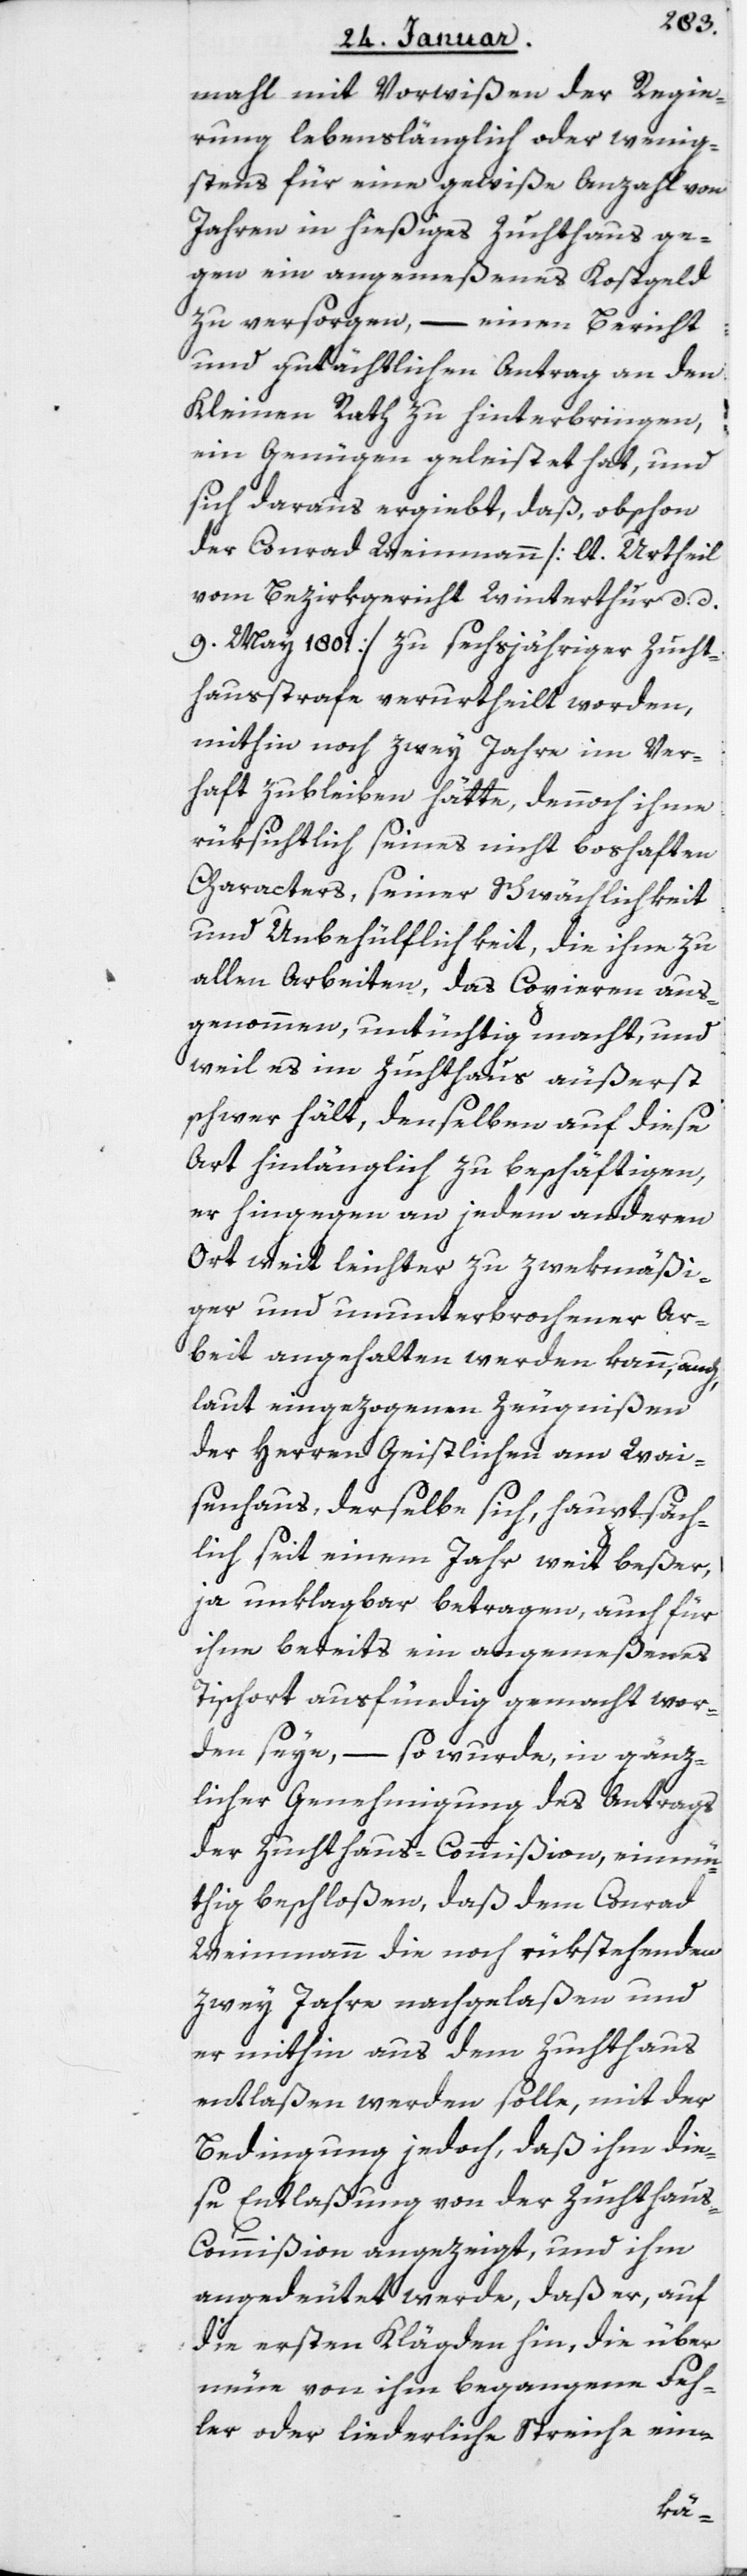
mahl mit Vorwißen der Regie¬
rung lebenslänglich oder wenig¬
stens für eine gewiße Anzahl von
Jahren in hießiges Zuchthaus ge¬
gen ein angemeßenes Kostgeld
zu versorgen, – einen Bericht
und gutächtlichen Antrag an den
Kleinen Rath zu hinterbringen,
ein Genügen geleistet hat, und
sich daraus ergiebt, daß, obschon
der Conrad Weinmann (lt. Urtheil
vom Bezirksgericht Winterthur, datiert
9. May 1801) zu sechsjähriger Zucht¬
haußtrafe verurtheilt worden,
mithin noch zwey Jahre im Ver¬
haft zu bleiben hätte, dennoch ihme
rüksichtlich seines nicht boshaften
Characters, seiner Schwächlichkeit
und Unbehülflichkeit, die ihne zu
allen Arbeiten, das Copieren aus¬
genommen, untüchtig macht, und
weil es im Zuchthaus äußerst
schwer hält, denselben auf diese
Art hinlänglich zu beschäftigen,
er hingegen an jedem anderen
Ort weit leichter zu zwekmäßi¬
ger und ununterbrochener Ar¬
beit angehalten werden kann, auch
laut eingezogenen Zeugnißen
der Herren Geistlichen am Wai¬
senhaus, derselbe sich, hauptsäch¬
lich seit einem Jahr weit beßer,
ja unklagbar betragen, auch für
ihne bereits ein angemeßenes
Tischort ausfündig gemacht wor¬
den seye, – so wurde, in gänz¬
licher Genehmigung des Antrags
der Zuchthaus-Commißion einmü¬
thig beschloßen, daß dem Conrad
Weinmann die noch rükstehenden
zwey Jahre nachgelaßen und
er mithin aus dem Zuchthaus
entlaßen werden solle, mit der
Bedingung jedoch, daß ihm die¬
se Entlaßung von der Zuchthau¬
s-Commißion angezeigt, und ihm
angedeutet werde, daß er, auf
die ersten Klägden hin, die über
neue von ihm begangenen Feh¬
ler oder liederliche Streiche ein-